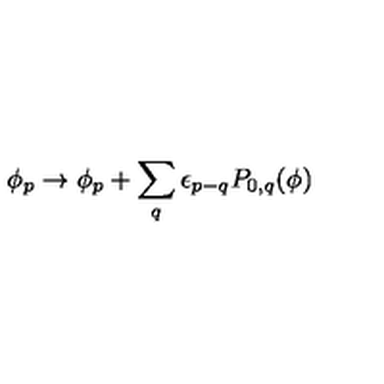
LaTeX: \phi _ { p } \rightarrow \phi _ { p } + \sum _ { q } \epsilon _ { p - q } P _ { 0 , q } ( \phi )